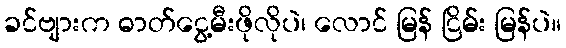
ခင်ဗျားက ဓာတ်ငွေ့မီးဖိုလိုပဲ၊ လောင် မြန် ငြိမ်း မြန်ပဲ။